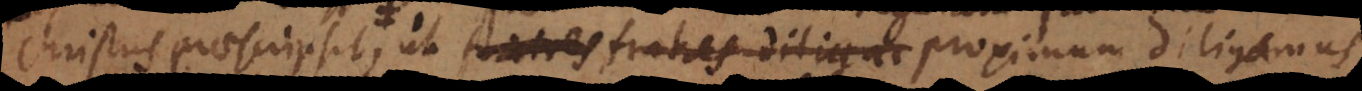
Christus praescripsit, ut fratres diliga proximum diligamus